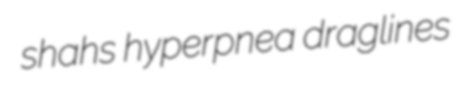
shahs hyperpnea draglines